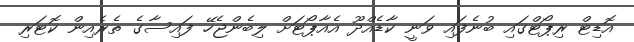
އޮޑިޓް ރިޕޯޓްގައި ބުނެފައި ވަނީ ކާޑެއްދޫ އެއާޕޯޓަށް ލިބެންޖެހޭ ފައިސާގެ ތެރެއިން ކޮޓަރި